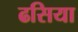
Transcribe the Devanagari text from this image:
ढसिया